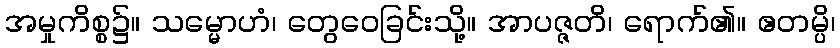
အမှုကိစ္စ၌။ သမ္မောဟံ၊ တွေဝေခြင်းသို့။ အာပဇ္ဇတိ၊ ရောက်၏။ ဧတမ္ပိ၊